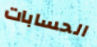
الحسابات